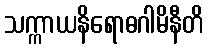
သက္ကာယနိရောဓဂါမိနီတိ